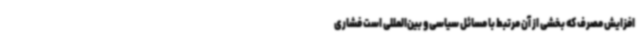
افزایش مصرف که بخشی از آن مرتبط با مسائل سیاسی و بین‌المللی است فشاری